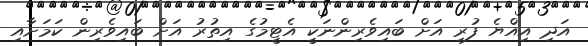
އަދި އިއްޔެ ފުރި އަށް ބައިވެރިންނަކީ އެޓީމުގެ އިިތުރު އަށް ބައިވެރިން ކަމަށާއި